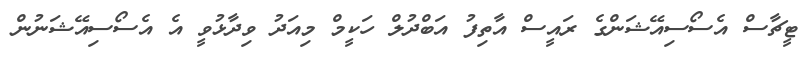
ޓީޗާސް އެސޯސިއޭޝަންގެ ރައީސް އާތިފު އަބްދުލް ހަކީމް މިއަދު ވިދާޅުވީ އެ އެސޯސިއޭޝަނުން